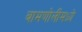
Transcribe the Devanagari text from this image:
बामणोलीमध्ये